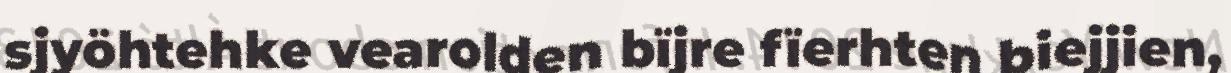
sjyöhtehke vearolden bïjre fïerhten biejjien,